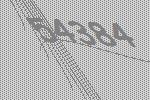
54384